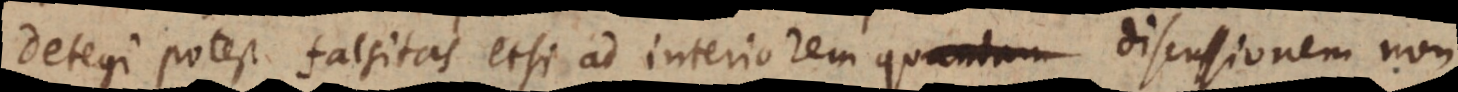
detegi potest falsitas etsi ad interiorem discussionem non